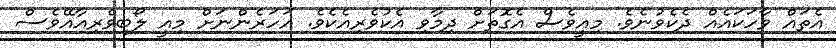
އެތައް ވާހަކައެއް ދެކެވުނެވެ. މިއީވެސް އެގޮތަށް ދިމާވި އެކުވެރިއެކެވެ. އަހަރެންނަށް މިއީ ލޯބިވެރިއާއޭވެސް